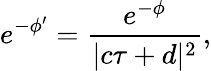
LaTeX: e^{-\phi^{\prime}}=\frac{e^{-\phi}}{|c\tau+d|^{2}},